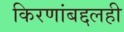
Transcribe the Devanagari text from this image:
किरणांबद्दलही